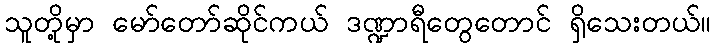
သူတို့မှာ မော်တော်ဆိုင်ကယ် ဒဏ္ဍာရီတွေတောင် ရှိသေးတယ်။